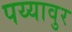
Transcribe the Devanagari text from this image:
पय्यावुर